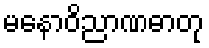
မနောဝိညာဏဓာတု